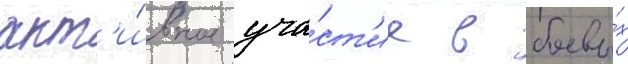
акт'и́вное уча́ст'ие в боевы́х